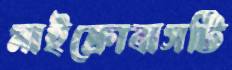
মাইক্রোবাসটি